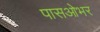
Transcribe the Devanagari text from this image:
पासओभर